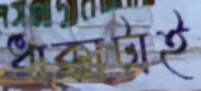
ধাক্কাটাই